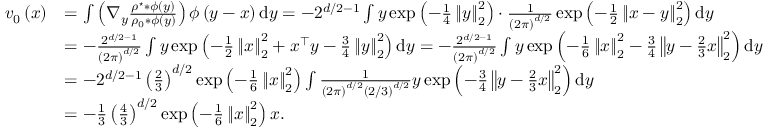
\begin{array} { r l } { v _ { 0 } \left( x \right) } & { = \int \left( \nabla _ { y } \frac { \rho ^ { \star } \ast \phi \left( y \right) } { \rho _ { 0 } * \phi \left( y \right) } \right) \phi \left( y - x \right) \mathrm { d } y = - 2 ^ { d / 2 - 1 } \int y \exp \left( - \frac { 1 } { 4 } \left\Vert y \right\Vert _ { 2 } ^ { 2 } \right) \cdot \frac { 1 } { \left( 2 \pi \right) ^ { d / 2 } } \exp \left( - \frac { 1 } { 2 } \left\Vert x - y \right\Vert _ { 2 } ^ { 2 } \right) \mathrm { d } y } \\ & { = - \frac { 2 ^ { d / 2 - 1 } } { \left( 2 \pi \right) ^ { d / 2 } } \int y \exp \left( - \frac { 1 } { 2 } \left\Vert x \right\Vert _ { 2 } ^ { 2 } + x ^ { \top } y - \frac { 3 } { 4 } \left\Vert y \right\Vert _ { 2 } ^ { 2 } \right) \mathrm { d } y = - \frac { 2 ^ { d / 2 - 1 } } { \left( 2 \pi \right) ^ { d / 2 } } \int y \exp \left( - \frac { 1 } { 6 } \left\Vert x \right\Vert _ { 2 } ^ { 2 } - \frac { 3 } { 4 } \left\Vert y - \frac { 2 } { 3 } x \right\Vert _ { 2 } ^ { 2 } \right) \mathrm { d } y } \\ & { = - 2 ^ { d / 2 - 1 } \left( \frac { 2 } { 3 } \right) ^ { d / 2 } \exp \left( - \frac { 1 } { 6 } \left\Vert x \right\Vert _ { 2 } ^ { 2 } \right) \int \frac { 1 } { \left( 2 \pi \right) ^ { d / 2 } \left( 2 / 3 \right) ^ { d / 2 } } y \exp \left( - \frac { 3 } { 4 } \left\Vert y - \frac { 2 } { 3 } x \right\Vert _ { 2 } ^ { 2 } \right) \mathrm { d } y } \\ & { = - \frac { 1 } { 3 } \left( \frac { 4 } { 3 } \right) ^ { d / 2 } \exp \left( - \frac { 1 } { 6 } \left\Vert x \right\Vert _ { 2 } ^ { 2 } \right) x . } \end{array}